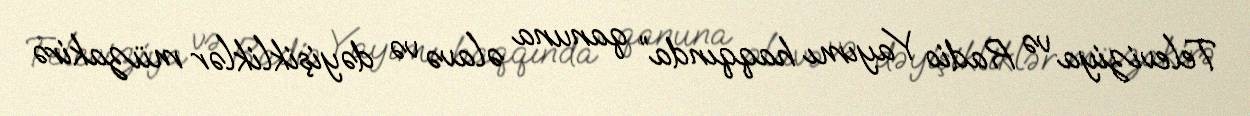
Televiziya və Radio Yayımı haqqında” qanuna əlavə və dəyişikliklər müzakirə